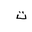
Letter: _ta